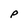
Character: P